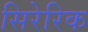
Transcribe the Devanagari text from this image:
सिरेरिक